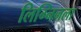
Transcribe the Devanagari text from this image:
लिग्निनला